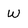
Character: w